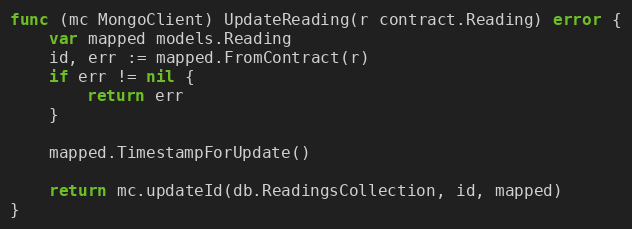
Language: Go
func (mc MongoClient) UpdateReading(r contract.Reading) error {
	var mapped models.Reading
	id, err := mapped.FromContract(r)
	if err != nil {
		return err
	}

	mapped.TimestampForUpdate()

	return mc.updateId(db.ReadingsCollection, id, mapped)
}